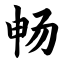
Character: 畅